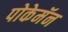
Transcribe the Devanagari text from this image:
पोकेमॅन